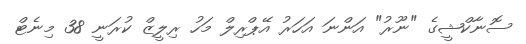
ސޮނާކްޝީގެ "ނޫރު" އަންނަ އަހަރު އޭޕްރިލް މަހު ރިލީޒް ކުރަނީ 38 މިނެޓް